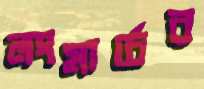
লংমার্চের